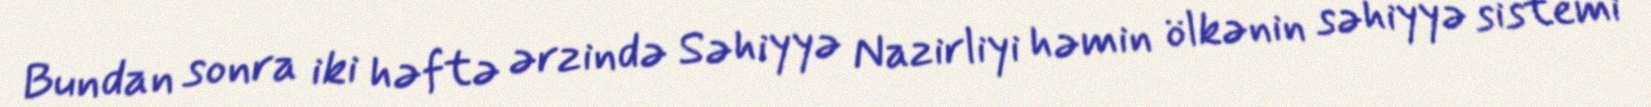
Bundan sonra iki həftə ərzində Səhiyyə Nazirliyi həmin ölkənin səhiyyə sistemi